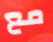
مع